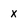
Character: x